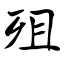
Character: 殂